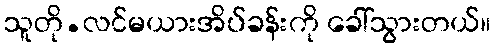
သူတို.လင်မယားအိပ်ခန်းကို ခေါ်သွားတယ်။